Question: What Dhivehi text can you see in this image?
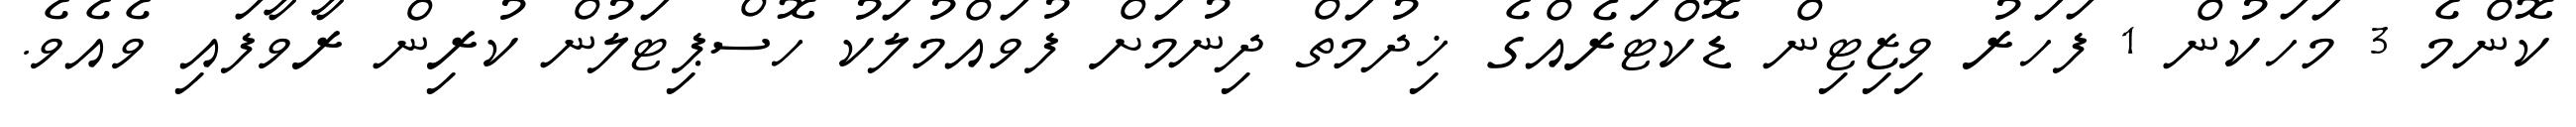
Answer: ކޮންމެ 3 މަހަކުން 1 ފަހަރު ވިޒިޓިން ޑޮކްޓަރެއްގެ ޚިދުމަތް ދިނުމަށް ފުވައްމުލަކު ހޮސްޕިޓަލުން ކުރިން ރާވާފައި ވެއެވެ.